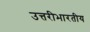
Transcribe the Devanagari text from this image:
उत्तरीभारतीय